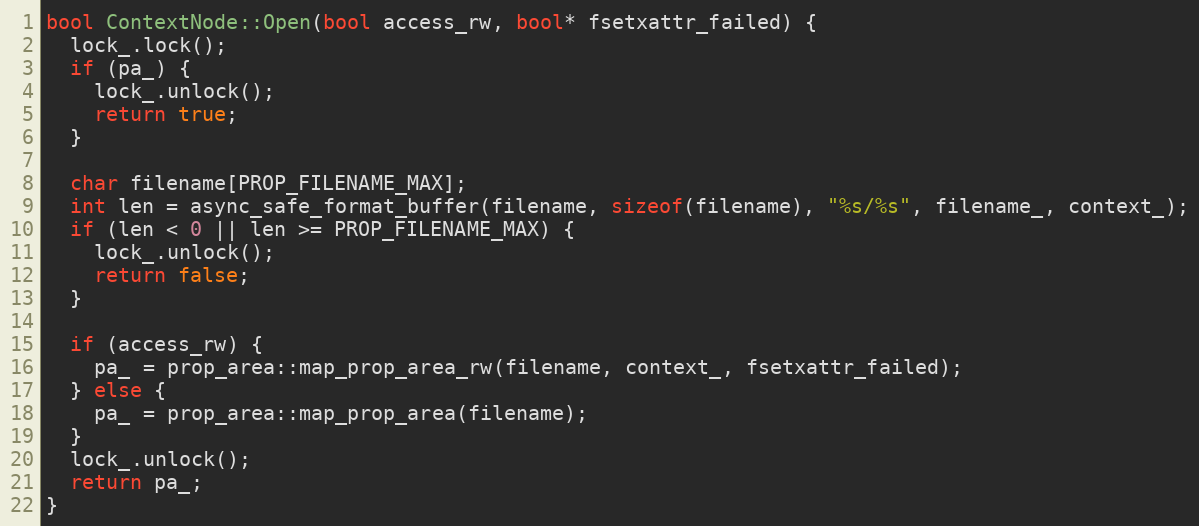
Language: C++
bool ContextNode::Open(bool access_rw, bool* fsetxattr_failed) {
  lock_.lock();
  if (pa_) {
    lock_.unlock();
    return true;
  }

  char filename[PROP_FILENAME_MAX];
  int len = async_safe_format_buffer(filename, sizeof(filename), "%s/%s", filename_, context_);
  if (len < 0 || len >= PROP_FILENAME_MAX) {
    lock_.unlock();
    return false;
  }

  if (access_rw) {
    pa_ = prop_area::map_prop_area_rw(filename, context_, fsetxattr_failed);
  } else {
    pa_ = prop_area::map_prop_area(filename);
  }
  lock_.unlock();
  return pa_;
}